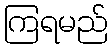
ကြရမည်